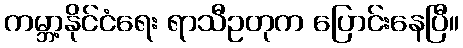
ကမ္ဘာ့နိုင်ငံရေး ရာသီဥတုက ပြောင်းနေပြီ။